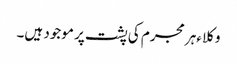
وکلا ءہر مجرم کی پشت پر موجود ہیں۔